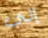
إلى